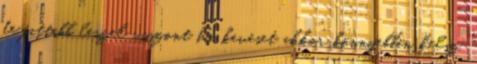
de fittebb leszel viszont ha keveset akkor könnyebben kelsz,